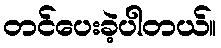
တင်ပေးခဲ့ပါတယ်။